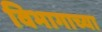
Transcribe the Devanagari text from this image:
विभागाच्‍या